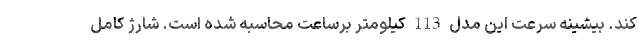
کند. بیشینه سرعت این مدل 113 کیلومتر برساعت محاسبه شده است. شارژ کامل